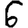
Digit: 6